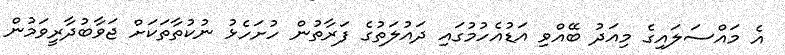
އެ މައްސަލައިގެ މިއަދު ބޭއްވި އަޑުއެހުމުގައި ދައުލަތުގެ ފަރާތުން ހުށަހެޅު ނުކުތާތަކަަށް ޖަވާބުދާރީވަމުން